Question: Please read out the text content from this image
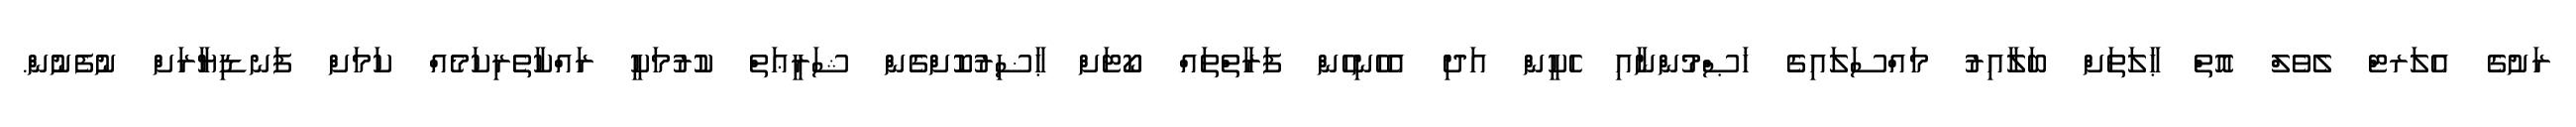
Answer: ރަށުގެ އެލަރޓް ލެވެލް އޮތް ޙާލަތަށް ބަލާއިރު މައްސަލައިގެ ޚަޞްމުންނާއި ހެކީން އަދި އެހެނިހެން ފަރާތްތައް ކޯޓަށް ޙާޟިރުކޮށްގެން ޝަރީޢަތް ކުރުމަކީ ރައްކާތެރިކަމެއް ކަމަށް ފަނޑިޔާރަށް ނުފެނުން.